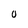
Character: 0